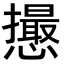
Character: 𢤎